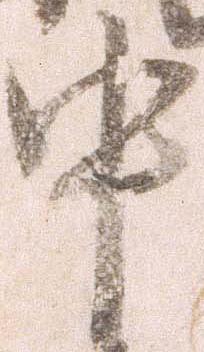
中